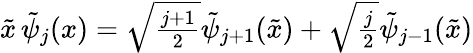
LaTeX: \begin{array}{r}{\tilde{x}\, \tilde{\psi}_{j}(x)=\sqrt{\frac{j+1}{2}}\tilde{\psi}_{j+1}(\tilde{x})+\sqrt{\frac{j}{2}}\tilde{\psi}_{j-1}(\tilde{x})}\end{array}